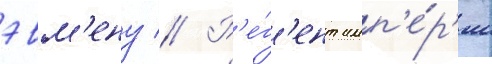
эвм'ену // Р'е́г'ент имп'е́р'ии